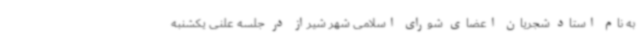
به نام استاد شجریان اعضای شورای اسلامی شهر شیراز در جلسه علنی یکشنبه